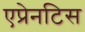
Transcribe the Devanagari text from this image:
एप्रेनटिस